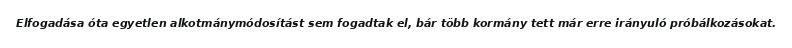
Elfogadása óta egyetlen alkotmánymódosítást sem fogadtak el, bár több kormány tett már erre irányuló próbálkozásokat.